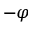
- \varphi